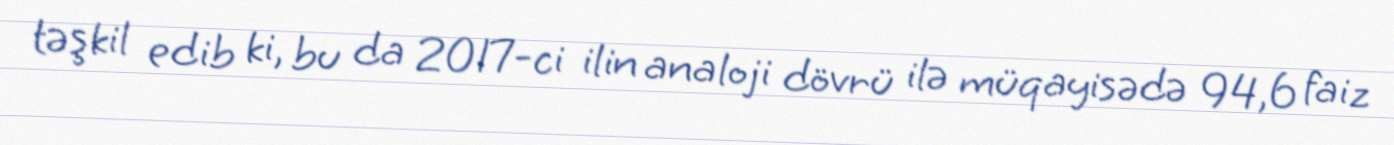
təşkil edib ki, bu da 2017-ci ilin analoji dövrü ilə müqayisədə 94,6 faiz